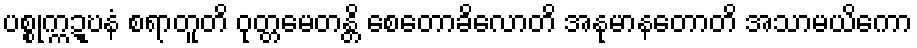
ပစ္စုက္ကဍ္ဎနံ စရာတူတိ ဝုတ္တမေတန္တိ စေတောခိလောတိ အနုမာနတောတိ အသာမယိကော